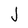
Character: J